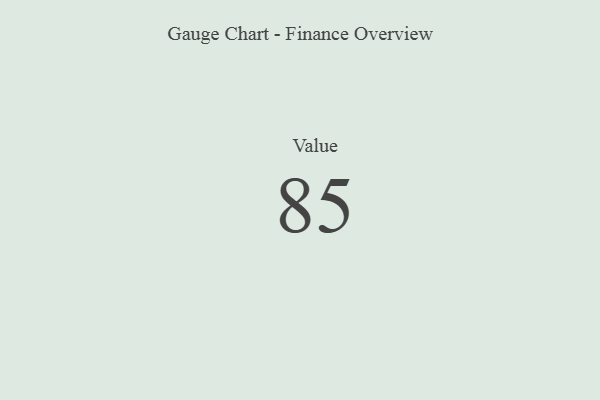
{"axis": {"x": "Metric", "y": "Value"}, "legend": [""], "data": [{"x": "Value", "y": 85, "type": ""}]}